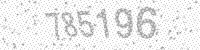
Solution: 785196